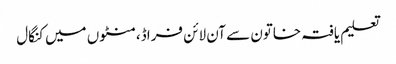
تعلیم یافتہ خاتون سے آن لائن فراڈ، منٹوں میں کنگال